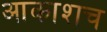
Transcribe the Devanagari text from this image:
आकाशच